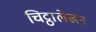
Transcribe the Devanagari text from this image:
चिट्ठालेखन